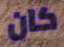
كان